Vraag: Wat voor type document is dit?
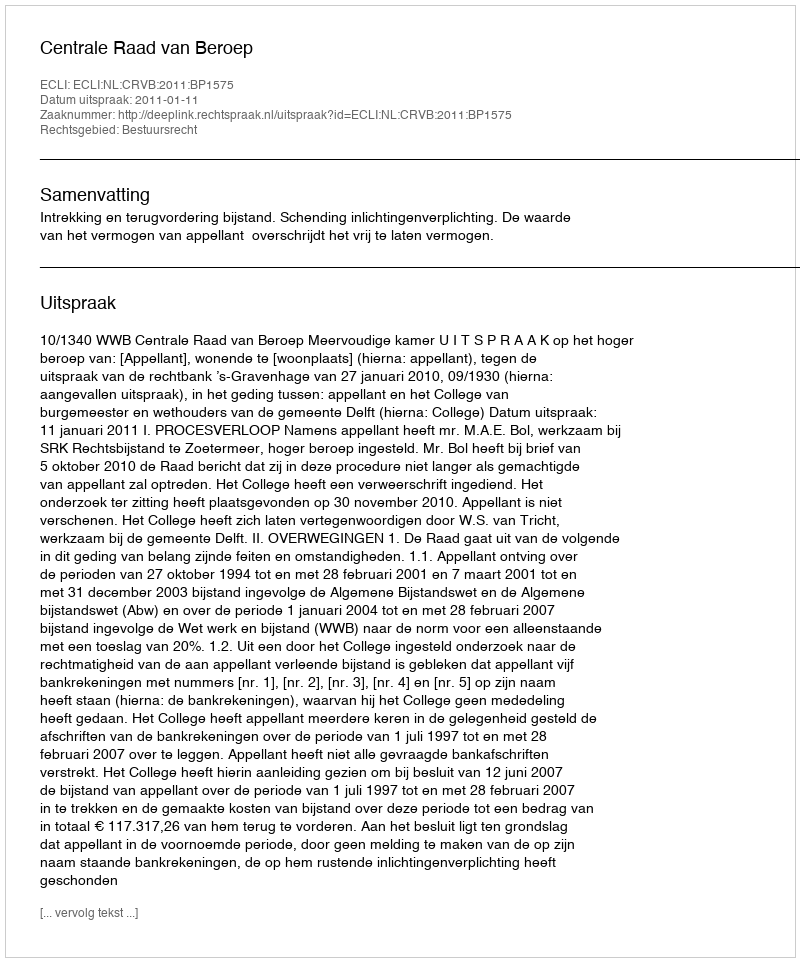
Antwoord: Uitspraak